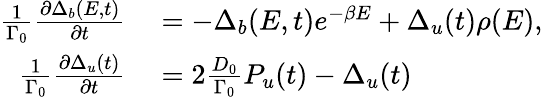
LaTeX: \begin{array}{rl}{\frac{1}{\Gamma_{0}}\frac{\partial\Delta_{b}(E,t)}{\partial t}}&{{}=-\Delta_{b}(E,t)e^{-\beta E}+\Delta_{u}(t)\rho(E),}\\ {\frac{1}{\Gamma_{0}}\frac{\partial\Delta_{u}(t)}{\partial t}}&{{}=2\frac{D_{0}}{\Gamma_{0}}P_{u}(t)-\Delta_{u}(t)}\end{array}